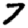
Digit: 7